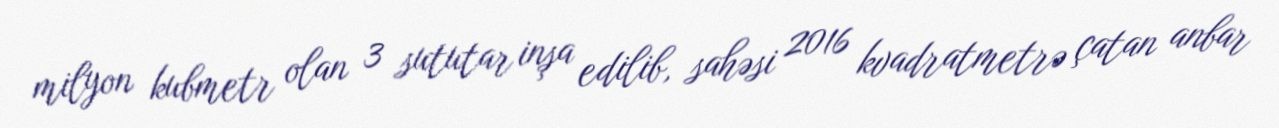
milyon kubmetr olan 3 sututar inşa edilib, sahəsi 2016 kvadratmetrə çatan anbar